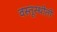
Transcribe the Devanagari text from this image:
वस्तूस्थीती